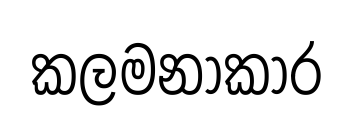
කලමනාකාර